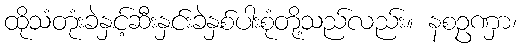
ထိုသံတုံးခဲနှင့်ဆီးနှင်းခဲနှစ်ပါးစုံတို့သည်လည်း။ နစဥဏှာ၊